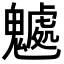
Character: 𩴘